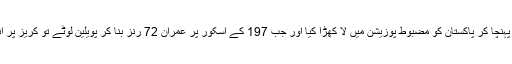
عمران اور میانداد نے اسکور کو 163 تک پہنچا کر پاکستان کو مضبوط پوزیشن میں لا کھڑا کیا اور جب 197 کے اسکور پر عمران 72 رنز بنا کر پویلین لوٹے تو کریز پر انضمام اور وسیم اکرم کی جوڑی اکٹھا ہوئی۔